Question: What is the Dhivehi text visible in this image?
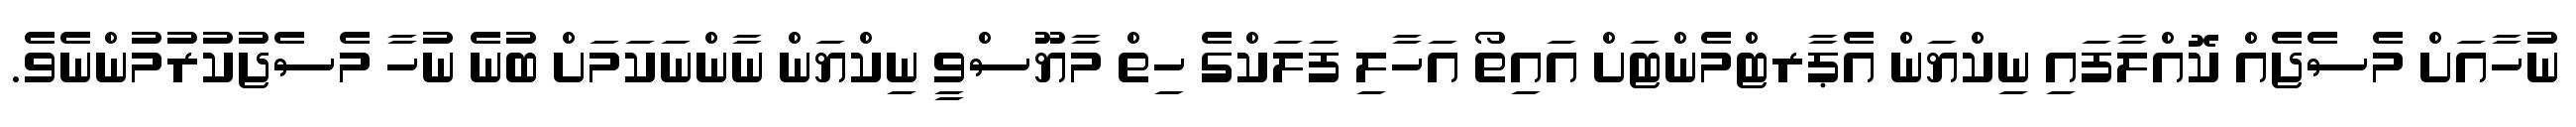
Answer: ނުހާއަށް މެސެޖެއް ކޮއްލާފައި ނިކްޔަން އެޕާރޓްމެންޓަށް އައިތޯ އަހާލި ފަލަކްގެ ހިތް މާޔޫސްވީ ނިކްޔަން ނާންނަކަމަށް ބުނެ ނުހާ މެސެޖުކުރުމުންނެވެ.